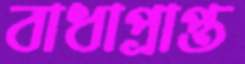
বাধাপ্রাপ্ত